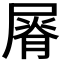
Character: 𡲺